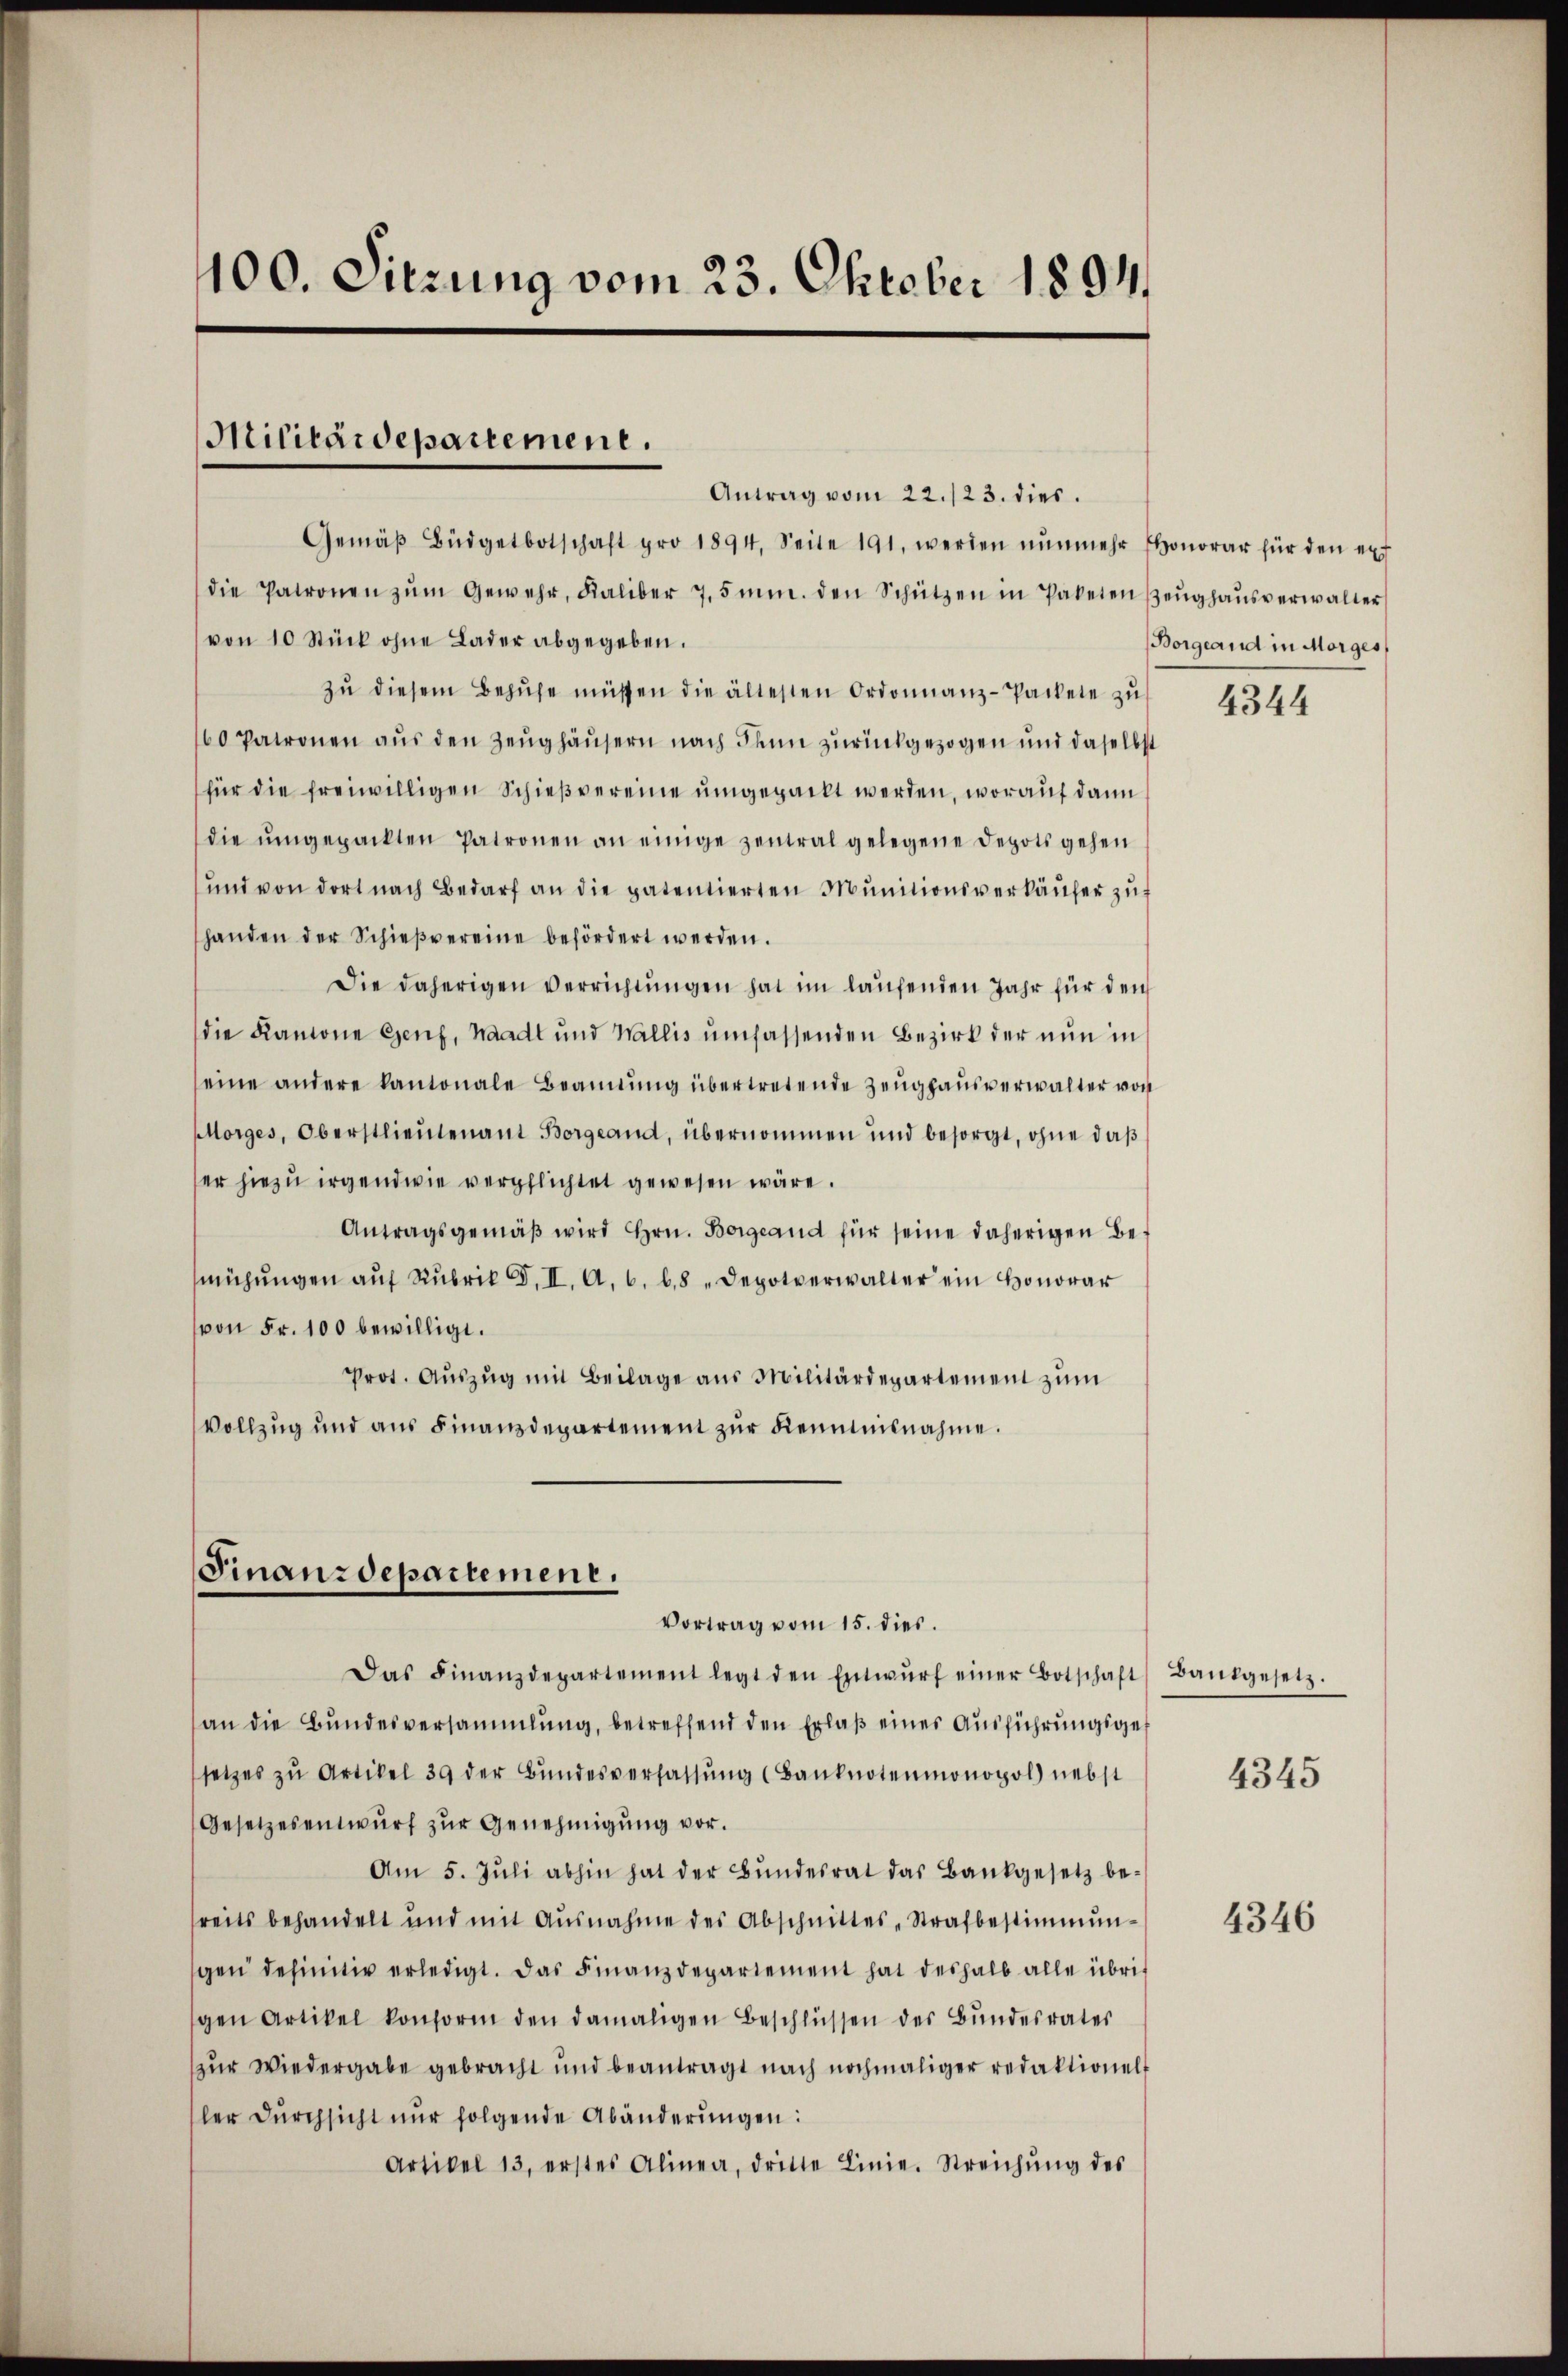
100. Sitzung vom 23. Oktober 1894.

Antrag vom 22./23. dies.
Gemäβ Büdgetbotschaft pro 1894. Seite 191, werden nŭnmehr honorar für den erf
die Patronen zŭm Gewehr, Kaliber 7,5 mn. den Schützen in Paketen Zeŭghaŭsverwalter
von 10 Stück ohne Lader abgegeben.
zŭ diesem Bezŭhe müssen die ältesten Ordonnanz-Packete zu
60 Patronen aŭs den Zeughäusern nach denn zurückgezogen und daselbst
für die freiwilligen Schießvereine umgepackt werden, worauf dann
die ŭmgepackten Patronen an einige Zentral gelegene Depots gehen
ŭnd von dort nach Bedarf an die patentierten Munitionsverkäŭfer zŭf
handen der Schieβvereine befördert werden.
Die daherigen Verrichtungen hat im laufenden Jahr für den
die Kanone Genf, Waadt und Wallis umfassenden Bezirk der nun in
eine andere kantonale Beamtŭng übertretende Zeughausverwalter von
Morges, Oberstlieutenant Borgeand, übernommen und besorgt, ohne daß
er hiezu irgendwie verpflichtet gewesen wäre.
Antragsgemäβ wird Hrn. Borgeand für seine daherigen Bemühŭngen aŭf Rubrik d. II. A. 6. 68 "Depotverwalter ein Honorar
von Fr. 100 bewilligt.
Prot. Auszug mit Beilage aus Militärdepartement zum
Vollzug und aus Finanzdepartement zŭr Kenntnisnahme.

Militärdepartement.

Finanzdepartement.

Vortrag vom 15. dies.
Das Finanzdepartement legt den Entwŭrf einer Botschaft Bankgesetz.
an die Bundesversammlung, betreffend den Erlaβ eines Ausführungsge
setzes zŭ Artikel 39 der Bŭndesverfassŭng (Banknotenmonopol nebst
Gesetzesentwurf zur Genehmigung vor.
Am 5. Jŭli abhin hat der Bŭndesrat das Bankgesetz be-
reits behandelt und mit Ausnahme des Abschnittes-Strafbestimmun-
gen definitiv erledigt. Das Finanzdepartement hat deshalb alle übrigen Artikel konform den damaligen Beschlüssen der Bŭndesrater
(zur Wiedergabe gebracht und beantragt nach nochmaliger redaktionel
ler Dŭrchsicht nur folgende Abänderŭngen:
Artikel 13, erstes Alinea, dritte Linie. Streichŭng des

Borgeand in Morges

4344

4345

4346